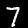
Label: 7